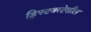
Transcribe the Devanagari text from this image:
ड्रिफ्टवरदेखील